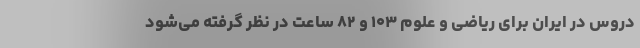
دروس در ایران برای ریاضی و علوم ۱۰۳ و ۸۲ ساعت در نظر گرفته می‌شود